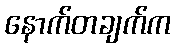
နောက်တချက်က